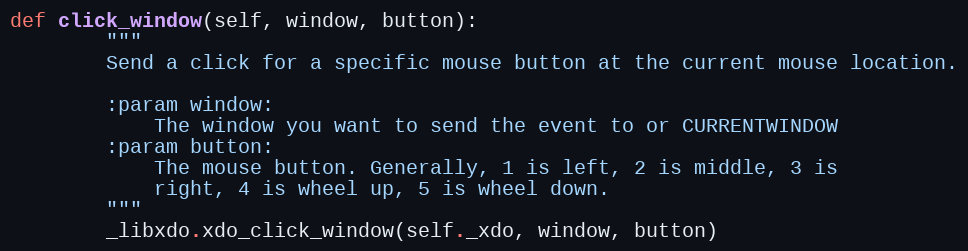
Language: Python
def click_window(self, window, button):
        """
        Send a click for a specific mouse button at the current mouse location.

        :param window:
            The window you want to send the event to or CURRENTWINDOW
        :param button:
            The mouse button. Generally, 1 is left, 2 is middle, 3 is
            right, 4 is wheel up, 5 is wheel down.
        """
        _libxdo.xdo_click_window(self._xdo, window, button)